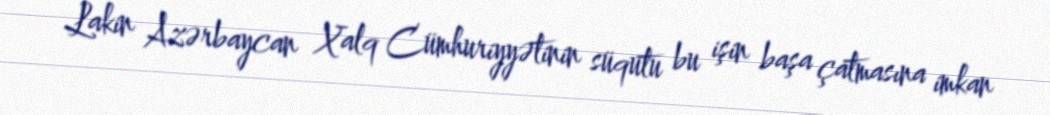
Lakin Azərbaycan Xalq Cümhuriyyətinin süqutu bu işin başa çatmasına imkan